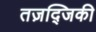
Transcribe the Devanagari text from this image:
तज़द्जिकी